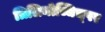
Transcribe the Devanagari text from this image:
त्रिलिनोच्चिच्पर